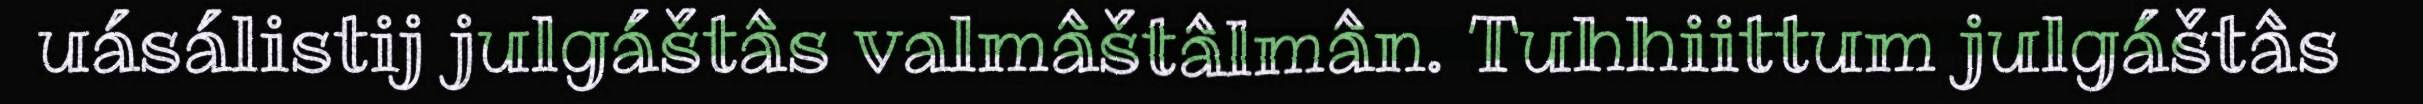
uásálistij julgáštâs valmâštâlmân. Tuhhiittum julgáštâs